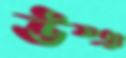
উষ্ঞ